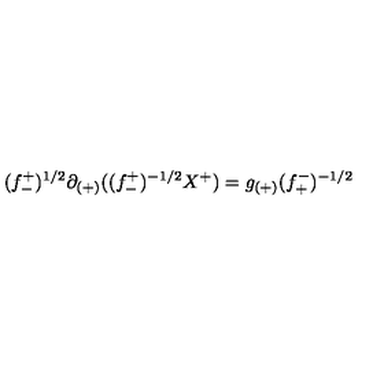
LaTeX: ( f _ { - } ^ { + } ) ^ { 1 / 2 } \partial _ { ( + ) } ( ( f _ { - } ^ { + } ) ^ { - 1 / 2 } X ^ { + } ) = g _ { ( + ) } ( f _ { + } ^ { - } ) ^ { - 1 / 2 }